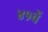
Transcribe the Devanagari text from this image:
४१वें